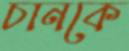
চানকে